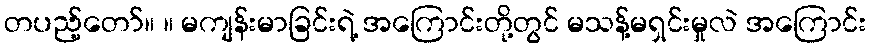
တပည့်တော်။ ။ မကျန်းမာခြင်းရဲ့ အကြောင်းတို့တွင် မသန့်မရှင်းမှုလဲ အကြောင်း